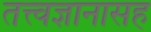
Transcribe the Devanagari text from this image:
तत्त्वज्ञानासह